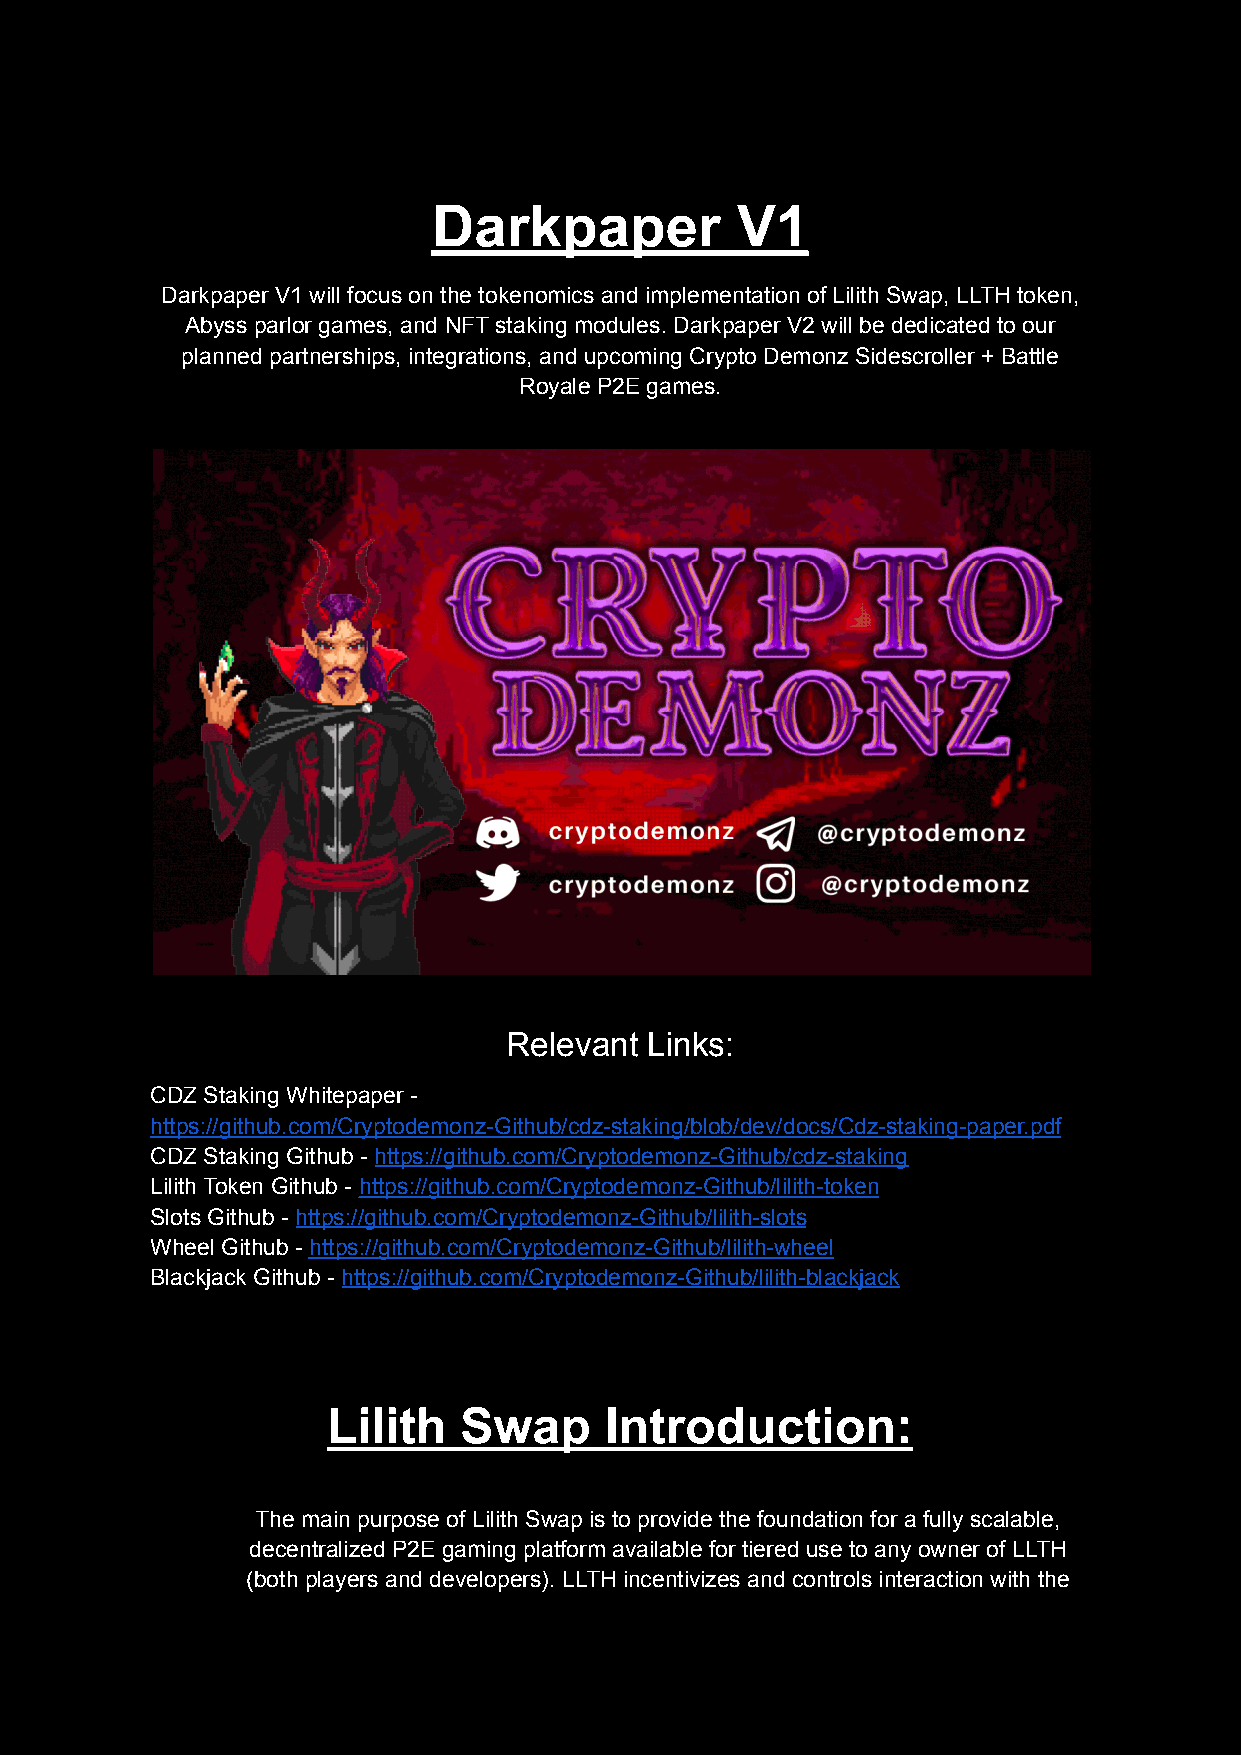
Darkpaper           V1
 Darkpaper V1 will focus on the tokenomics and implementation of Lilith Swap, LLTH token,
 Abyss parlor games, and NFT staking modules. Darkpaper V2 will be dedicated to our
 planned partnerships, integrations, and upcoming Crypto Demonz Sidescroller + Battle
 Royale P2E games.
 Relevant Links:
 CDZ Staking Whitepaper -
 https://github.com/Cryptodemonz-Github/cdz-staking/blob/dev/docs/Cdz-staking-paper.pdf
 CDZ Staking Github - https://github.com/Cryptodemonz-Github/cdz-staking
 Lilith Token Github - https://github.com/Cryptodemonz-Github/lilith-token
 Slots Github - https://github.com/Cryptodemonz-Github/lilith-slots
 Wheel Github - https://github.com/Cryptodemonz-Github/lilith-wheel
 Blackjack Github - https://github.com/Cryptodemonz-Github/lilith-blackjack
 Lilith  Swap      Introduction:
 The main purpose of Lilith Swap is to provide the foundation for a fully scalable,
 decentralized P2E gaming platform available for tiered use to any owner of LLTH
 (both players and developers). LLTH incentivizes and controls interaction with the